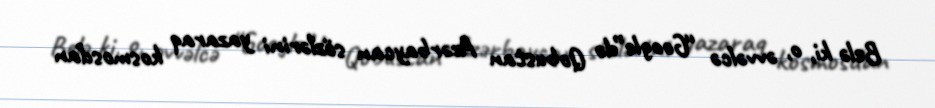
Belə ki, o, əvvəlcə “Google”də Qobustan Azərbaycan sözlərini yazaraq kosmosdan